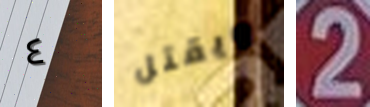
٤ ويقتل 2